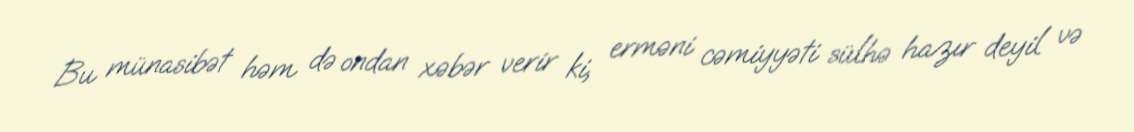
Bu münasibət həm də ondan xəbər verir ki, erməni cəmiyyəti sülhə hazır deyil və